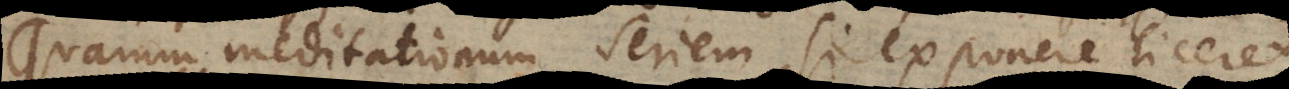
Quarum meditationum seriem, si exponere liceret,